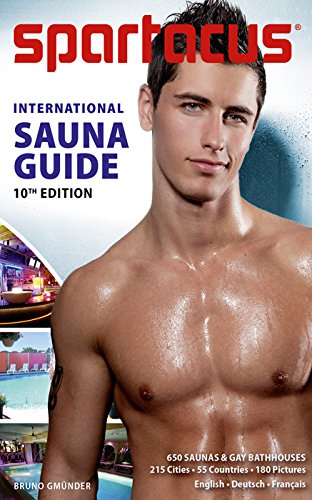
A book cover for Spartacus: International Sauna Guide; Gay & Lesbian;